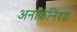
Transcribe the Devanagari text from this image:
अनफ़िनिश्ड